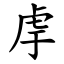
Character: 䖉